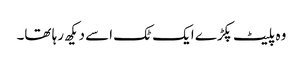
وہ پلیٹ پکڑے ایک ٹک اسے دیکھ رہا تھا۔